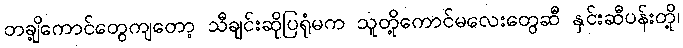
တချို့ကောင်တွေကျတော့ သီချင်းဆိုပြရုံမက သူတို့ကောင်မလေးတွေဆီ နှင်းဆီပန်းတို့၊